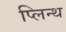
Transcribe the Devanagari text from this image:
प्लिन्थ